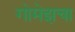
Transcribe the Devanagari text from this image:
गोमेझचा